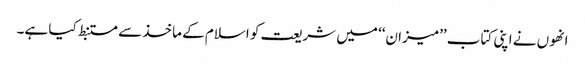
انھوں نے اپنی کتاب ’’میزان‘‘ میں شریعت کو اسلام کے ماخذ سے مستنبط کیا ہے۔